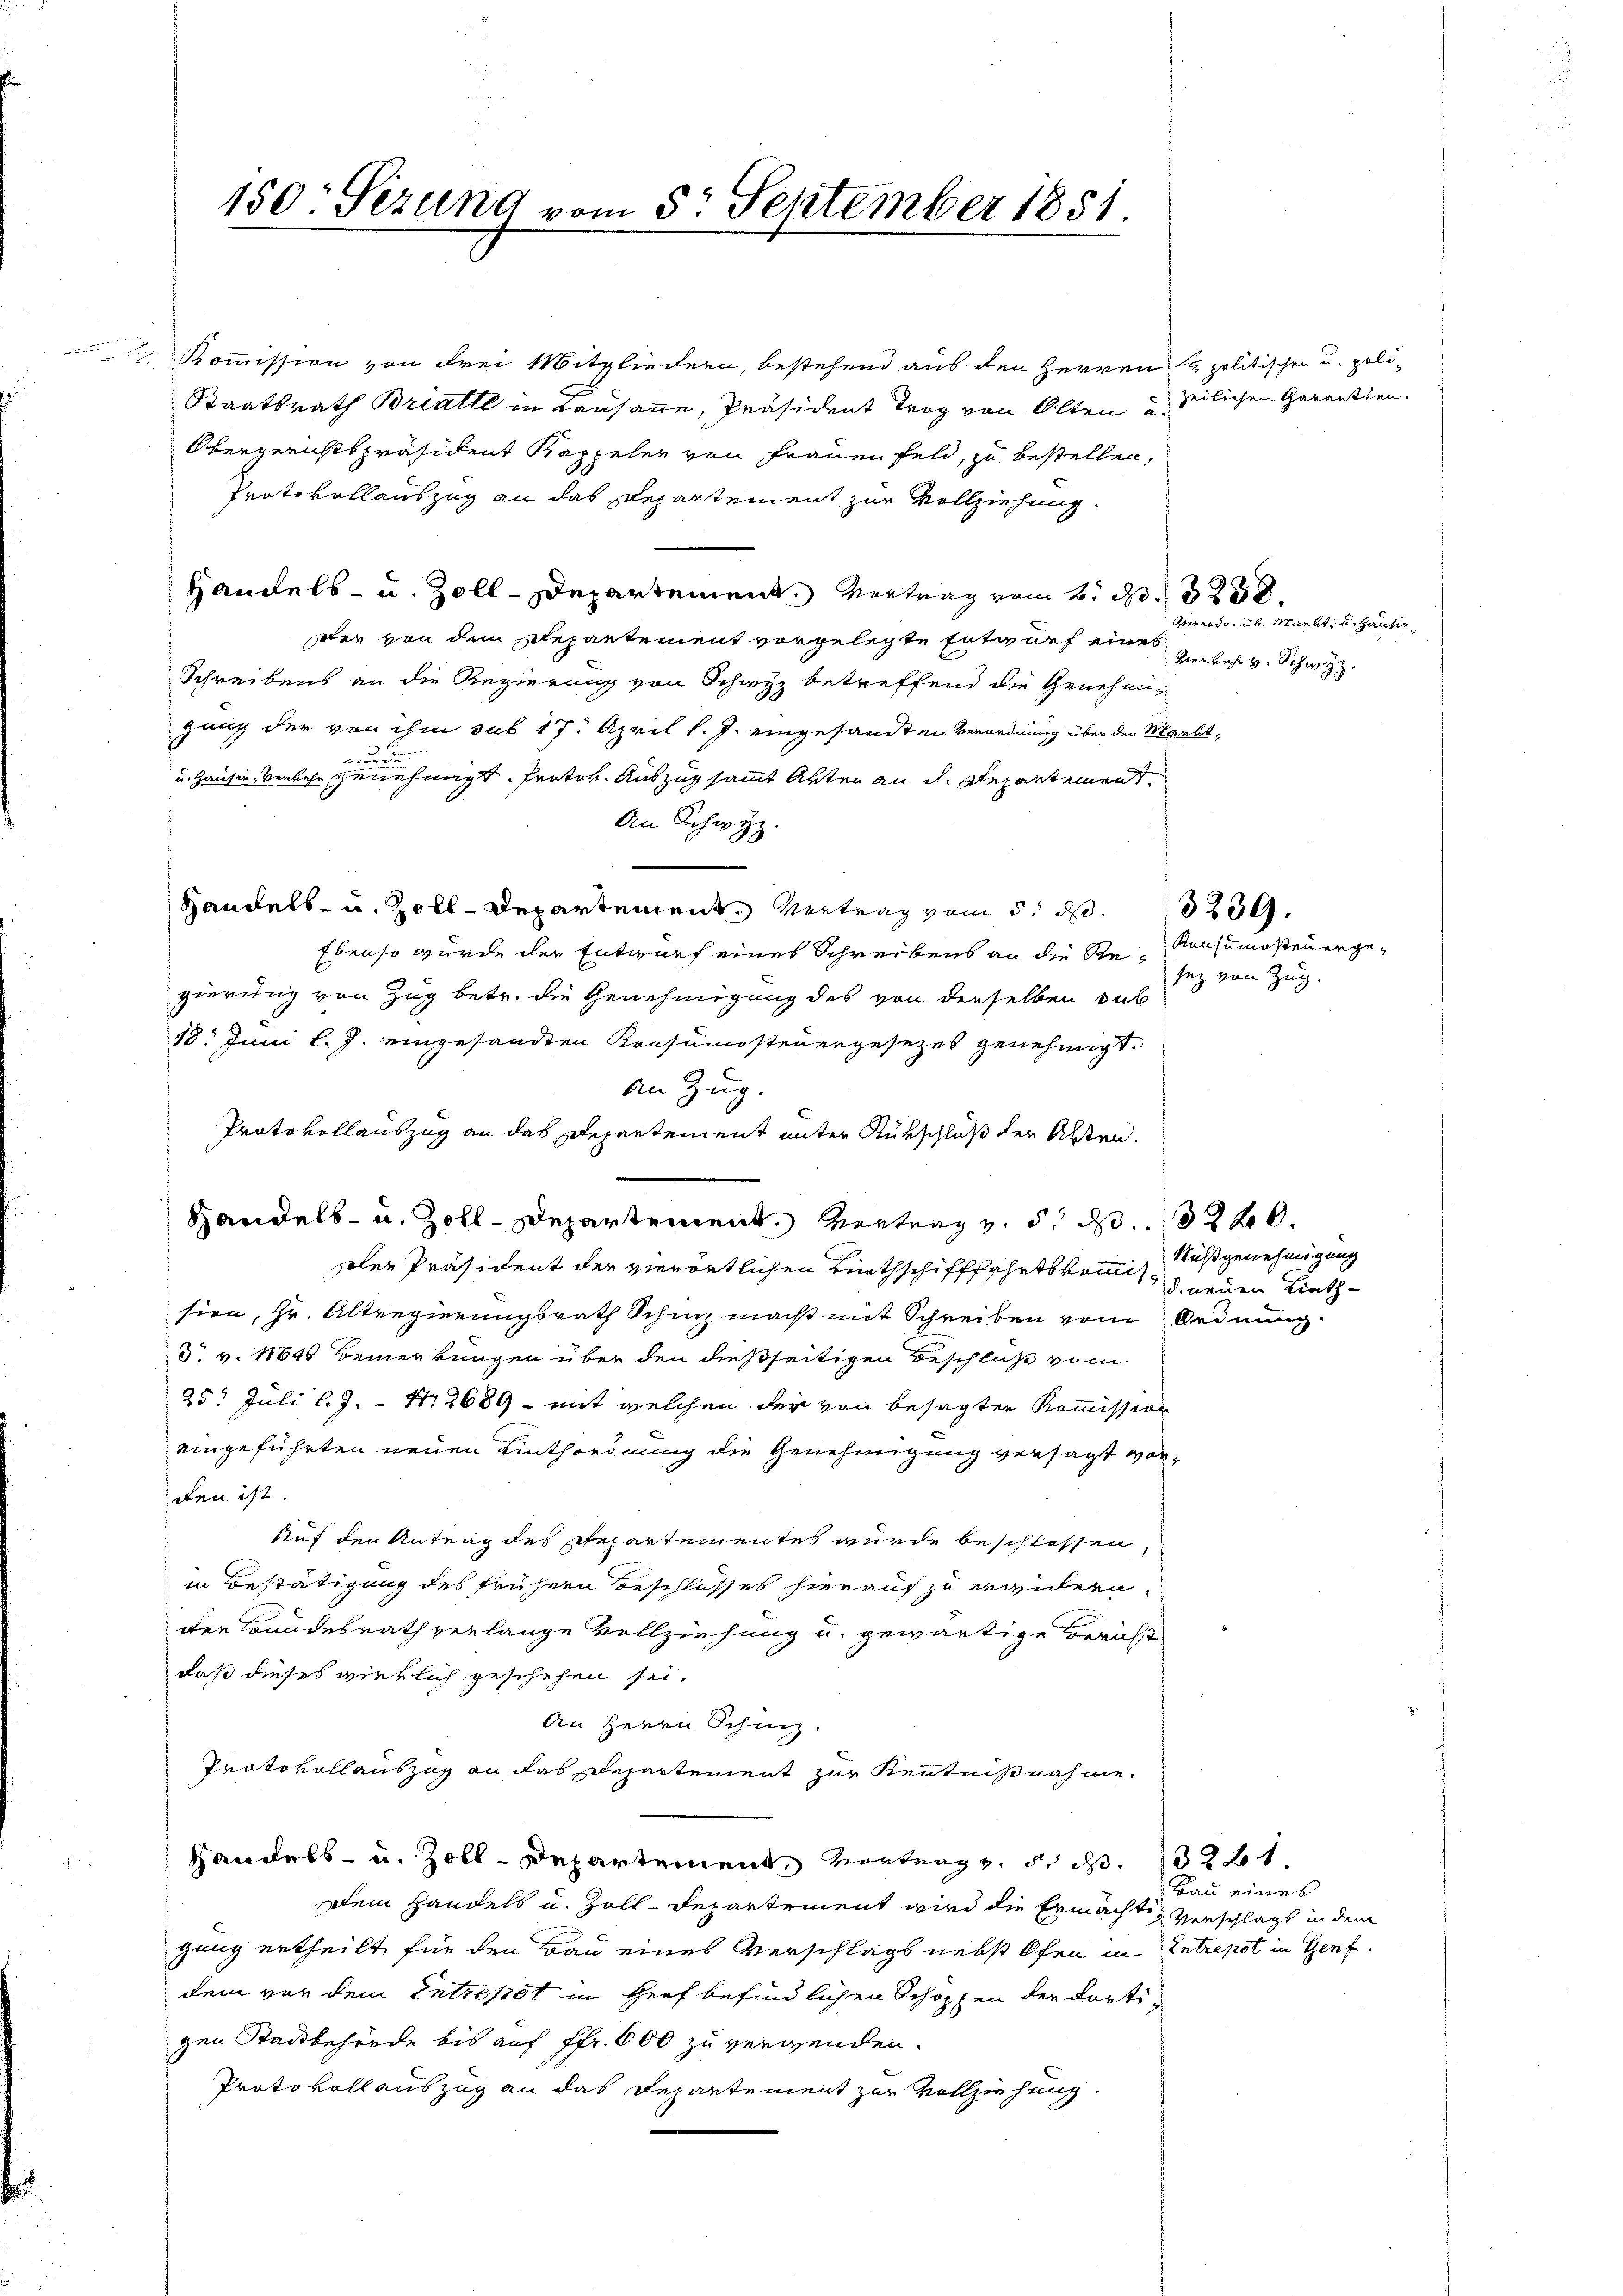
Kommission von drei Mitgliedern, bestehend aus den Herren & politischen u. poli-
Staatsrath Bratte in Lausanne, Präsident Trog von Olten u. stilichen Garantien.
Obergerichtspräsident Kappeler von Frauen Feld, zu bestellen,
Protokollauszug an das Departement zur Vollziehung.
Handels- u. Zoll-Departement. Vertrag vom 6. d. 238.
der von dem Departement vorgelegte Entwurf eines Herbes v. Schwyz
Schreibens an die Regierung von Schwyz betreffend die Genehmigung der von ihm sub 17. April l. J. eingesandten Verordnung über den Marktn
u. Hausen, verlehe genehmigt. Protor. Auszug sammt Arten an dh. Departement
An Schwyz.
Handels- u. Zoll-Departement. Vertrag vom 5. d.
Ebenso wurde der Entwurf eines Schreibens an die Re-Konsumostenergegierung von Zug betr. die Genehmigung des von denselben sub
18. Juni l. J. eingesandten Konsumsteuergesezes genehmigt.
an Zug.
Präte vollauszug an das Departement unter Rükschluß der Alten.
Handels- u. Zoll-Departement Vertrag v. 5. d. 1240.
solen Präsident der vierörtlichen Linthschifffahrtskommissien, Hr. Altregierungsrath Schinz macht mit Schreiben von Ordnung
dr. v. 11845 Bemerkungen über den dießseitigen Beschluß vom
25. Juli l.J. - Nr 2689 - mit welchen der von besagten Kommission
eingeführten neuen Einthordnung die Genehmigung versagt worden ist.
Auf den Antrag des Repartementes wurde beschlossen
in Bestätigung des frühern beschlosses hierauf zu ergiern,
der Bundesrath verlange Vollziehung u. gewärtige Bericht
daß dieses wirklich geschehen sei.
An Herrn Schinz.
Protokollauszug an das Departement zur Kenntnißnahme.
Handels- u. Zoll-Departement, Vortrag v. 5. d. 1321
Dein Handels u. Zoll-Departement wird die Ermächte Verschlags in dem
gang ertheilt für den Bau eines Verschlags nebst Ofen in Entrepot in Genf
dem vor dem Entrepot in Herf befindlichen Schoppen der Fortigen Stadtbehörde bis auf ffr. 600 zu verwenden.
Protokollauszug an das Departement zur Vollziehung

150 Sezung vom 5. September 1851

3239.

Geworden. üb. Markt, und Hausir

sez von Zug.

Rußgenehmigung
d neuen Krath

Bau eines